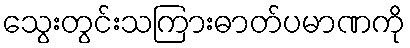
သွေးတွင်းသကြားဓာတ်ပမာဏကို